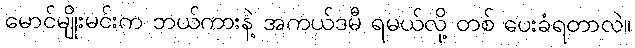
မောင်မျိုးမင်းက ဘယ်ကားနဲ့ အကယ်ဒမီ ရမယ်လို့ တစ် ပေးခံရတာလဲ။